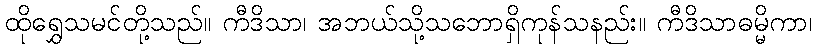
ထိုရွှေသမင်တို့သည်။ ကီဒိသာ၊ အဘယ်သို့သဘောရှိကုန်သနည်း။ ကီဒိသာဓမ္မိကာ၊